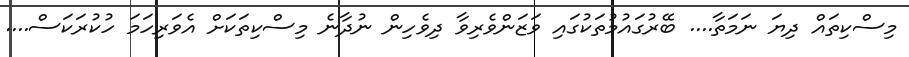
މިސްކިތައް ދިޔަ ނަމަތާ.... ބޭރުގައުމުތަކުގައި ވަޒަންވެރިވާ ދިވެހިން ނުދާނެ މިސްކިތަކަށް އެވަރިހަމަ ހުކުރަކަސް....